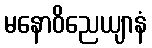
မနောဝိညေယျာနံ